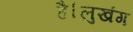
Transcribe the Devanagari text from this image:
है।लुखंग